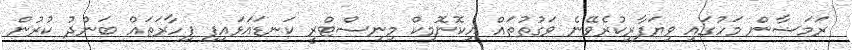
ރަމަޟާން މަހުގައި ވިޔަފާރިކުރެވޭނެ ވަގުތުތައް އިކޮނޮމިކް މިނިސްޓްރީ ކަނޑައަޅައިފި ފިހާރަތައް ބަންދު ކުރުން